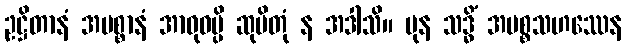
ဥဋ္ဌိတာနံ အမစ္စာနံ အာဝုဓမ္ပိ ဆုပိတုံ န အဒါသိ။ ပုန သဒ္ဓိံ အမစ္စသဟဿေန